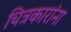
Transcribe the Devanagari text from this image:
चित्रकारांना